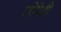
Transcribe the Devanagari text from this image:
लोरेटी